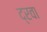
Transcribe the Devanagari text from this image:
द्रवा